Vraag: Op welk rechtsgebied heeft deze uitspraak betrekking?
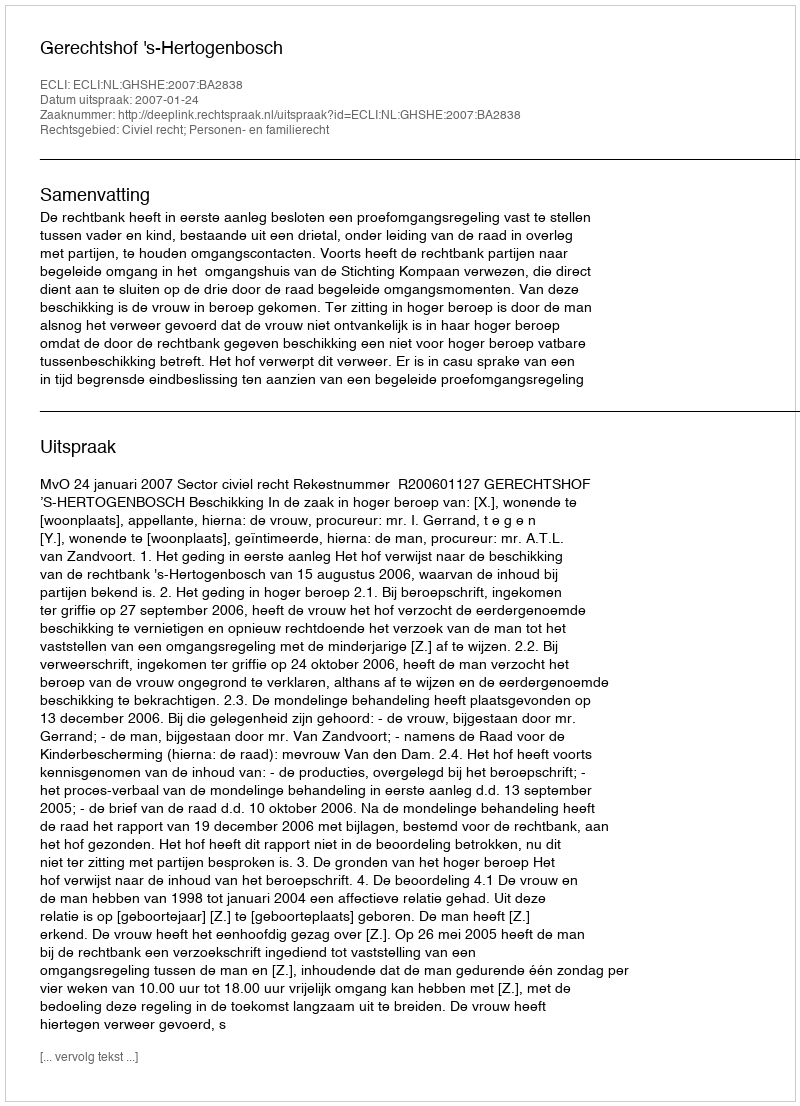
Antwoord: Civiel recht; Personen- en familierecht